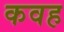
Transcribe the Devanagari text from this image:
कवह